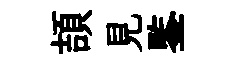
頡見鍳